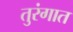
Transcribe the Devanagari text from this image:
तुरंगात